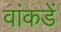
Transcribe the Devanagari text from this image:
वांकडें